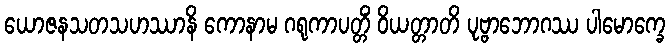
ယောဇနသတသဟဿာနိ ကောနာမ ဂရုကာပတ္တိံ ဝိယတ္တာတိ ပုဗ္ဗာဘောဂဿ ပါမောက္ခေ